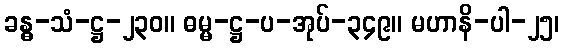
ခန္ဓ-သံ-ဋ္ဌ-၂၃၀။ ဓမ္မ-ဋ္ဌ-ပ-အုပ်-၃၄၉။ မဟာနိ-ပါ-၂၅၊